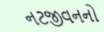
નટજીવનનો